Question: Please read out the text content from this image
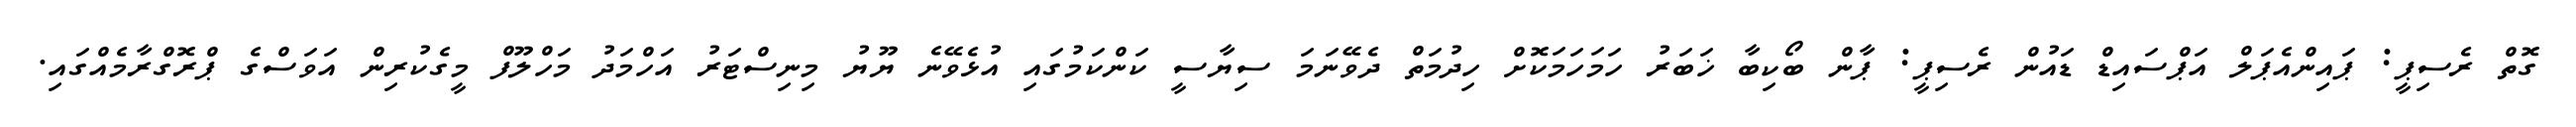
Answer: ގޮތް ރެސިޕީ: ޕައިންއެޕަލް އަޕްސައިޑް ޑައުން ރެސިޕީ: ޕާން ބޯކިބާ ޚަބަރު ހަމަހަމަކޮށް ހިދުމަތް ދެވޭނަމަ ސިޔާސީ ކަންކަމުގައި އުޅެވޭނެ ޔޫޔު މިނިސްޓަރު އަހްމަދު މަހްލޫފް މީގެކުރިން އަވަސްގެ ޕްރޮގްރާމެއްގައި.